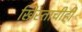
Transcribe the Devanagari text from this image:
ख्रिस्ताचीही